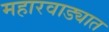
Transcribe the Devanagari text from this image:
महारवाड्यात